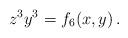
LaTeX: \begin{align*} z^3 y^3 = f_6(x, y) \, . \end{align*}